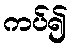
ကပ်၍